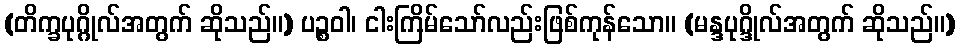
(တိက္ခပုဂ္ဂိုလ်အတွက် ဆိုသည်။) ပဉ္စဝါ၊ ငါးကြိမ်သော်လည်းဖြစ်ကုန်သော။ (မန္ဒပုဂ္ဒိုလ်အတွက် ဆိုသည်။)